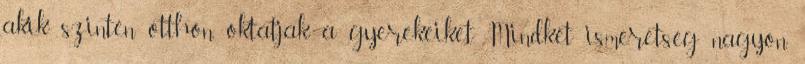
akik szintén otthon oktatják a gyerekeiket. Mindkét ismeretség nagyon